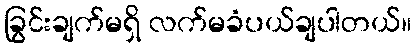
ခြွင်းချက်မရှိ လက်မခံပယ်ချပါတယ်။